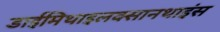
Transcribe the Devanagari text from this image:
डाईमिथाइलक्सानथाइंस